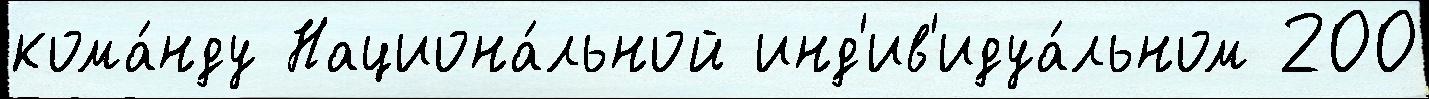
кома́нду Национа́льной инд'ив'идуа́льном 200